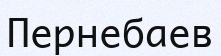
Пернебаев